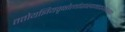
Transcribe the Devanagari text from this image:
ततोयज्ञियवृक्षोत्थांशाखामादायवाग्यतः